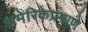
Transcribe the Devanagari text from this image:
अमेरिकेप्रमाणे